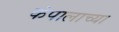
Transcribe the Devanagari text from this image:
कंपालाच्या